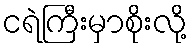
ငရဲကြီးမှာစိုးလို့